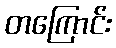
တကြောင်း